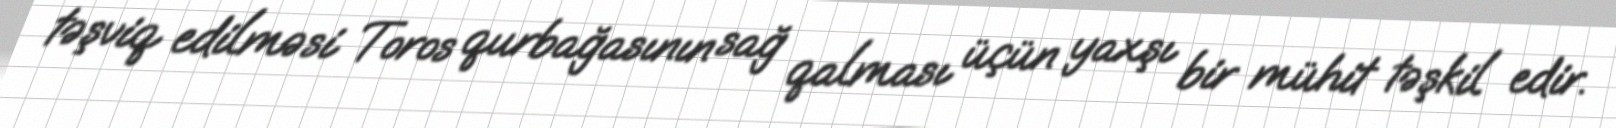
təşviq edilməsi Toros qurbağasının sağ qalması üçün yaxşı bir mühit təşkil edir.